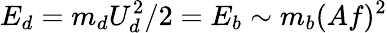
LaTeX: E_{d}=m_{d}U_{d}^{2}/2=E_{b}\sim m_{b}(Af)^{2}